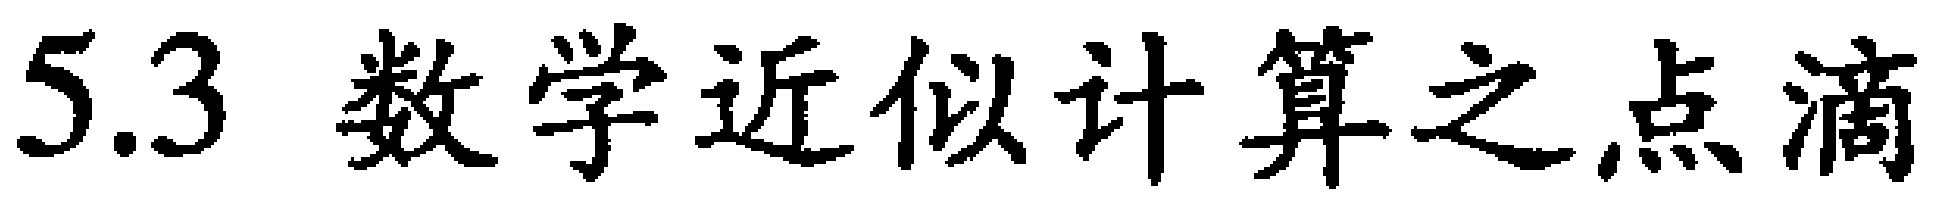
5.3 数学近似计算之点滴